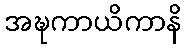
အဍ္ဎကာယိကာနိ